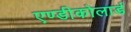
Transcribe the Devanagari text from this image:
एण्डीकोलार्ड